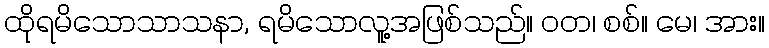
ထိုရမိသောသာသနာ, ရမိသောလူ့အဖြစ်သည်။ ဝတ၊ စစ်။ မေ၊ အား။